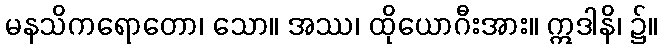
မနသိကရောတော၊ သော။ အဿ၊ ထိုယောဂီးအား။ ဣဒါနိ၊ ၌။